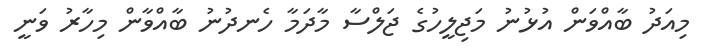
މިއަދު ބާއްވަން އުޅުނު މަޖިލީހުގެ ޖަލްސާ މާދަމާ ހެނދުނު ބާއްވާން މިހާރު ވަނީ